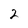
Character: 2